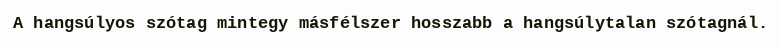
A hangsúlyos szótag mintegy másfélszer hosszabb a hangsúlytalan szótagnál.